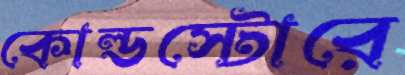
কোল্ডস্টোরে